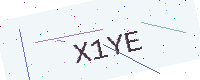
Text: X1YE